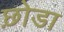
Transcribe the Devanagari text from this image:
छ़ोडा